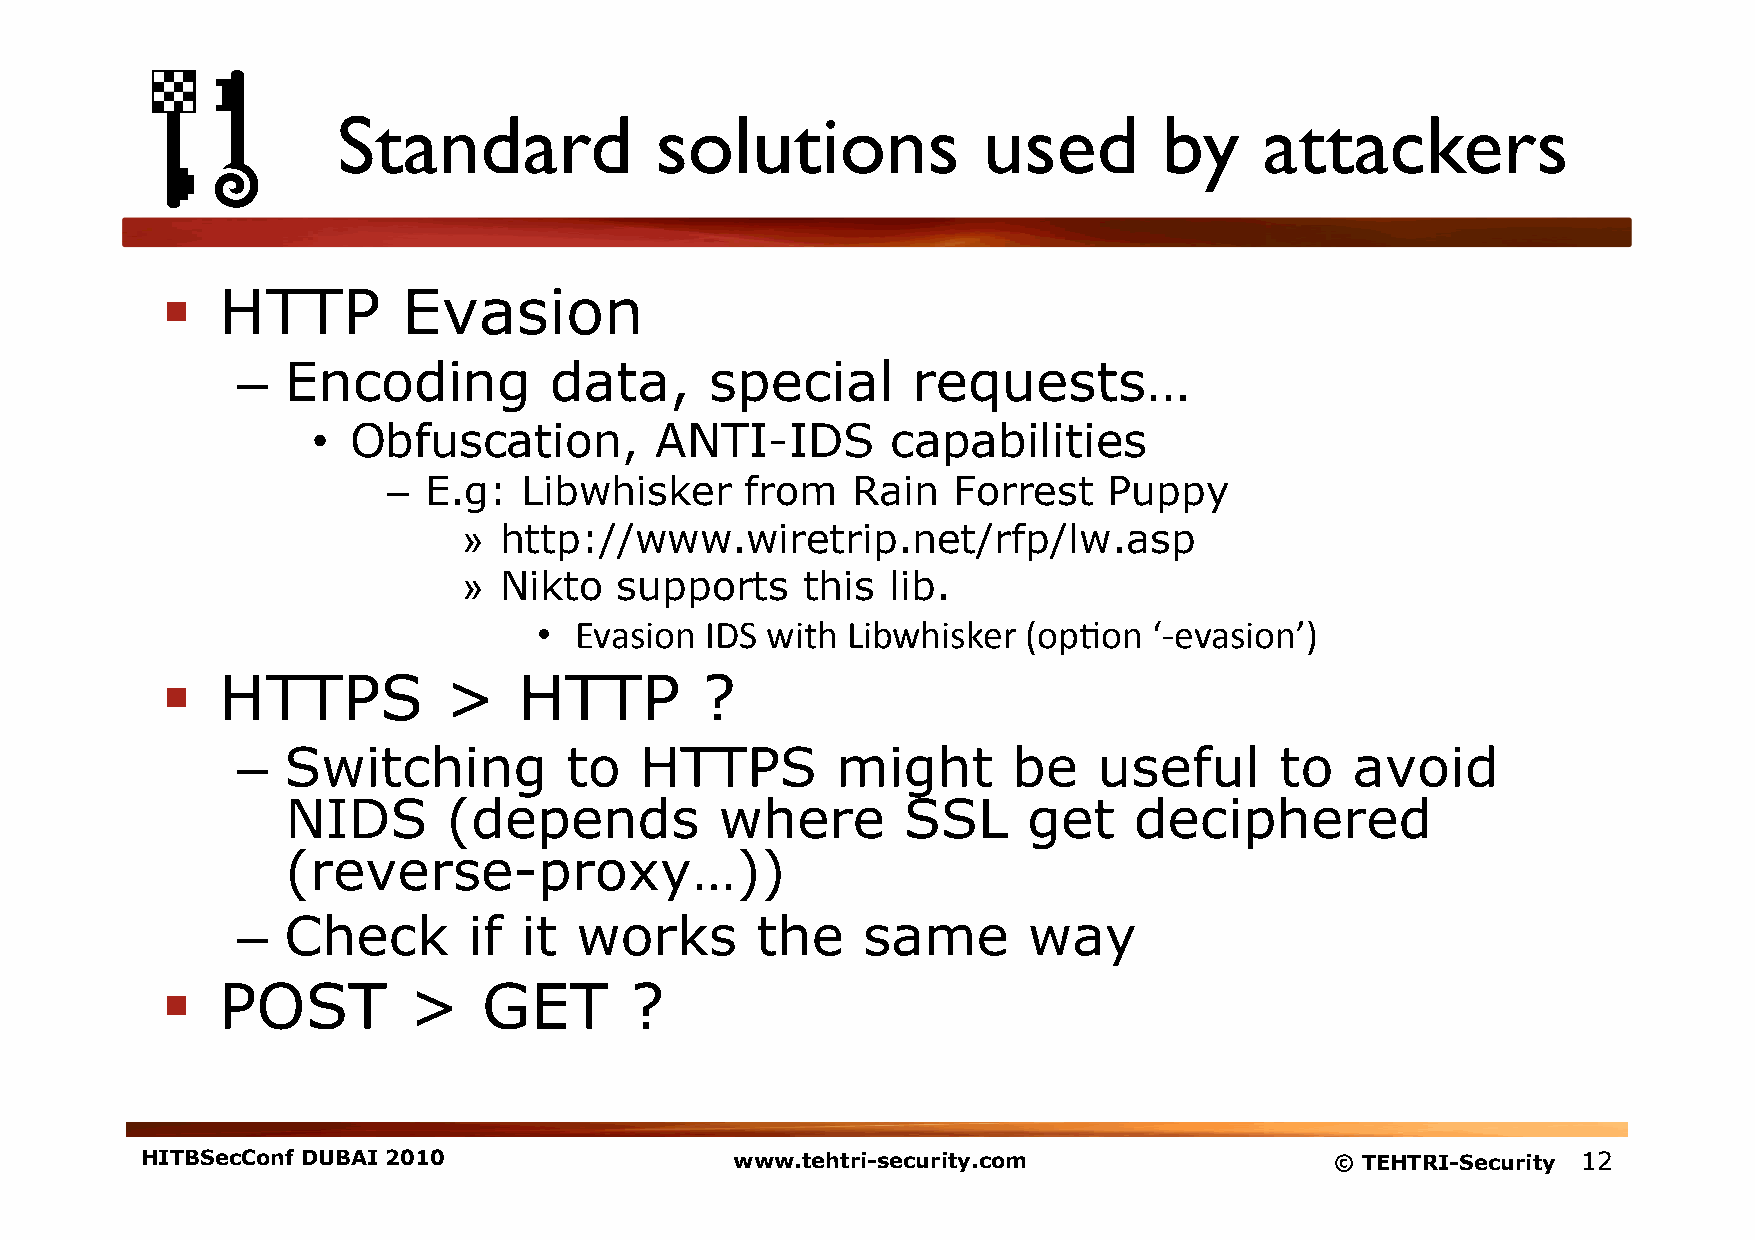
Standard             solutions             used        by     attackers
   HTTP         Evasion
 –  Encoding         data,      special      requests…
 • Obfuscation,        ANTI-IDS        capabilities
 – E.g:  Libwhisker     from   Rain   Forrest   Puppy
 » http://www.wiretrip.net/rfp/lw.asp
 » Nikto   supports    this  lib.
 • Evasion  IDS with Libwhisker  (op1on  ‘-­‐evasion’)
   HTTPS          >    HTTP        ?
 –  Switching         to   HTTPS        might       be    useful      to  avoid
 NIDS       (depends          where       SSL     get    deciphered
 (reverse-proxy…))
 –  Check       if it  works       the    same       way
   POST         >    GET       ?
 HITBSecConf DUBAI 2010                  www.tehtri-security.com                © TEHTRI-Security 12